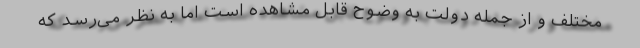
مختلف و از جمله دولت به وضوح قابل مشاهده است اما به نظر می‌رسد که